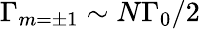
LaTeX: \Gamma_{m=\pm 1}\sim N\Gamma_{0}/2